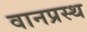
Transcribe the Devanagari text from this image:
वानप्रस्‍थ